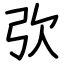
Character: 弞